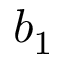
b _ { 1 }